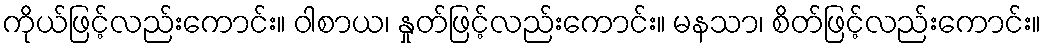
ကိုယ်ဖြင့်လည်းကောင်း။ ဝါစာယ၊ နှုတ်ဖြင့်လည်းကောင်း။ မနသာ၊ စိတ်ဖြင့်လည်းကောင်း။